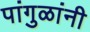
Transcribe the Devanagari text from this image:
पांगुळांनी